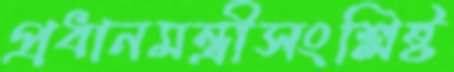
প্রধানমন্ত্রীসংশ্লিষ্ট